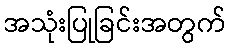
အသုံးပြုခြင်းအတွက်